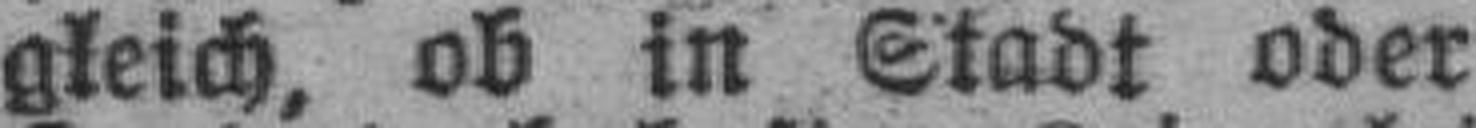
gleich, ob in Stadt oder